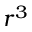
r ^ { 3 }